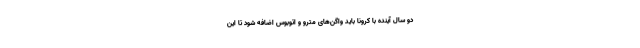
دو سال آینده با کرونا باید واگن‌های مترو و اتوبوس اضافه شود تا این